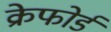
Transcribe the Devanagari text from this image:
क्रेफोर्ड